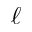
\ell